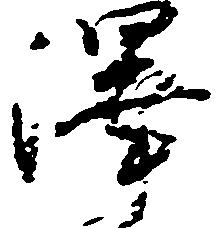
沢